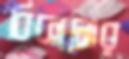
বিকানোর